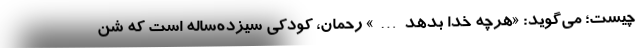
چیست؛ می‌گوید: «هرچه خدا بدهد…» رحمان، کودکی سیزده‌ساله است که شن